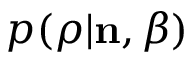
p ( \boldsymbol { \rho } | { \bf n } , \beta )